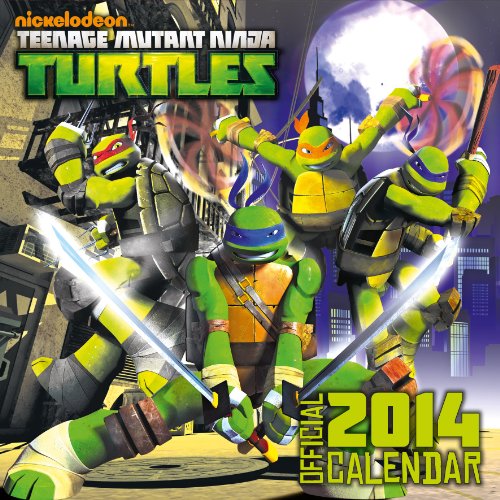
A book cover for Official Teenage Mutant Ninja Turtles 2014 Calendar; Calendars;